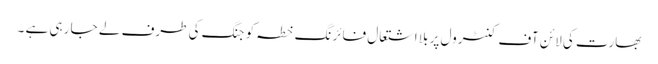
بھارت کی لائن آف کنٹرول پر بلا اشتعال فائرنگ خطہ کو جنگ کی طرف لے جا رہی ہے ۔